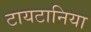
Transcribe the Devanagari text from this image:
टायटानिया